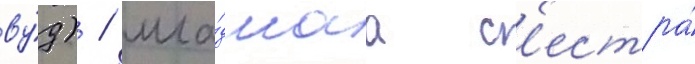
ву́д) / мла́дшаа с'естра́